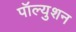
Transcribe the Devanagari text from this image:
पॉल्युशन